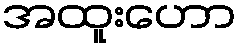
အထူးဟော